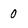
Character: 0